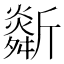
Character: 𣃌